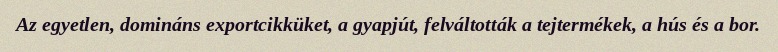
Az egyetlen, domináns exportcikküket, a gyapjút, felváltották a tejtermékek, a hús és a bor.